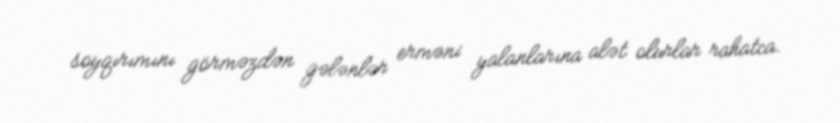
soyqırımını görməzdən gələnlər erməni yalanlarına alət olurlar rahatca.